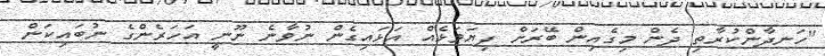
"ހަނދާންކުރާތި ދެން މިގެއިން ބޭރަށް ފިޔަވަޅެއް އަޅައިގެން ނުވާނެ ނޫނީ އަހަރެންގެ ނުބައިކަން